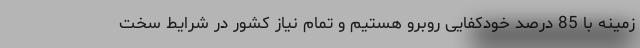
زمینه با 85 درصد خودکفایی روبرو هستیم و تمام نیاز کشور در شرایط سخت